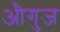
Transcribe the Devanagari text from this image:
औगुज